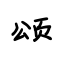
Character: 颂